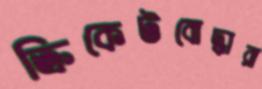
ক্রিকেটবোদ্ধারা